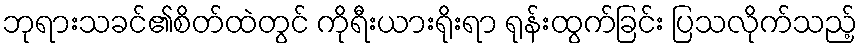
ဘုရားသခင်၏စိတ်ထဲတွင် ကိုရီးယားရိုးရာ ရုန်းထွက်ခြင်း ပြသလိုက်သည့်